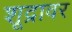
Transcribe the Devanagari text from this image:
शूद्रावर